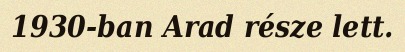
1930-ban Arad része lett.